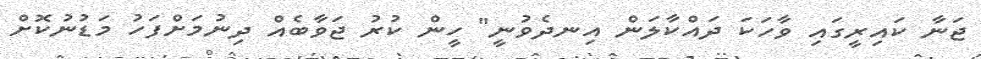
ޖަނާ ކައިރީގައި ވާހަކަ ދައްކާލަން އިނދެވުނީ" ހީން ކުރު ޖަވާބެއް ދިނުމަށްފަހު މަޑުނުކޮށް